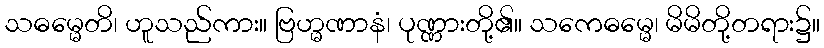
သဓမ္မေတိ၊ ဟူသည်ကား။ ဗြဟ္မဏာနံ၊ ပုဏ္ဏားတို့၏။ သကေဓမ္မေ၊ မိမိတို့တရား၌။